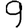
Digit: 9